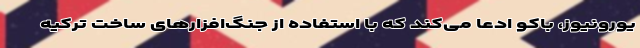
یورونیوز، باکو ادعا می‌کند که با استفاده از جنگ‌افزارهای ساخت ترکیه